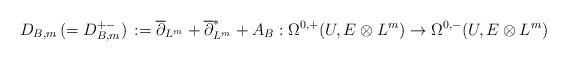
LaTeX: \begin{align*} D_{B,m}\,(=D^{+-}_{B,m})\,:=\overline\partial_{L^m}+\overline{\partial}_{L^m}^{*}+A_B:\Omega^{0,+}(U,E\otimes L^m)\rightarrow\Omega^{0,-}(U,E\otimes L^m)\end{align*}